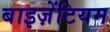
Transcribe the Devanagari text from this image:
बाइज़ेंटियम